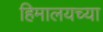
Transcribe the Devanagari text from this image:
हिमालयच्या